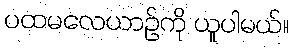
ပထမလေယာဉ်ကို ယူပါမယ်။